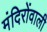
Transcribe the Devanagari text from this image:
मंदिरोंवाली